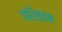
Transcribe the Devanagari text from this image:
परिवहम